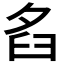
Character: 𦥜